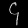
Digit: ၄